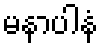
မနာပါနံ